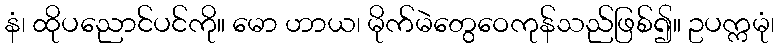
နံ၊ ထိုပညောင်ပင်ကို။ မော ဟာယ၊ မိုက်မဲတွေဝေကုန်သည်ဖြစ်၍။ ဥပက္ကမုံ၊